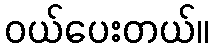
ဝယ်ပေးတယ်။